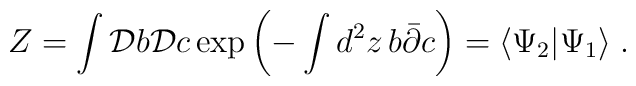
Z=\int {\cal D}b{\cal D}c \exp{\left(-\int d^{2}z\,b\bar{\partial}c\right)}=\langle\Psi_{2}|\Psi_{1}\rangle\;.